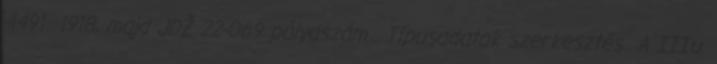
4491 1918, majd JDŽ 22-069 pályaszám . Típusadatok szerkesztés A IIIu.